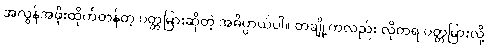
အလွန်အဖိုးထိုက်တန်တဲ့ ပတ္တမြားဆိုတဲ့ အဓိပ္ပာယ်ပါ။ တချို့ကလည်း လိုတရ ပတ္တမြားလို့